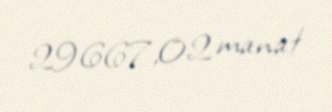
29667,02 manat